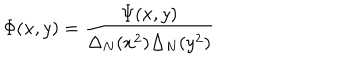
LaTeX: \Phi ( x , y ) = \frac { \Psi ( x , y ) } { \Delta _ { N } ( x ^ { 2 } ) \Delta _ { N } ( y ^ { 2 } ) }